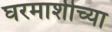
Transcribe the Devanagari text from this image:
घरमाशीच्या